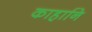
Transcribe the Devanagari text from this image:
काहानि